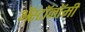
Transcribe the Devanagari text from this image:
ॲस्टॉनॉमी